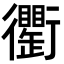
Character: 𧘆